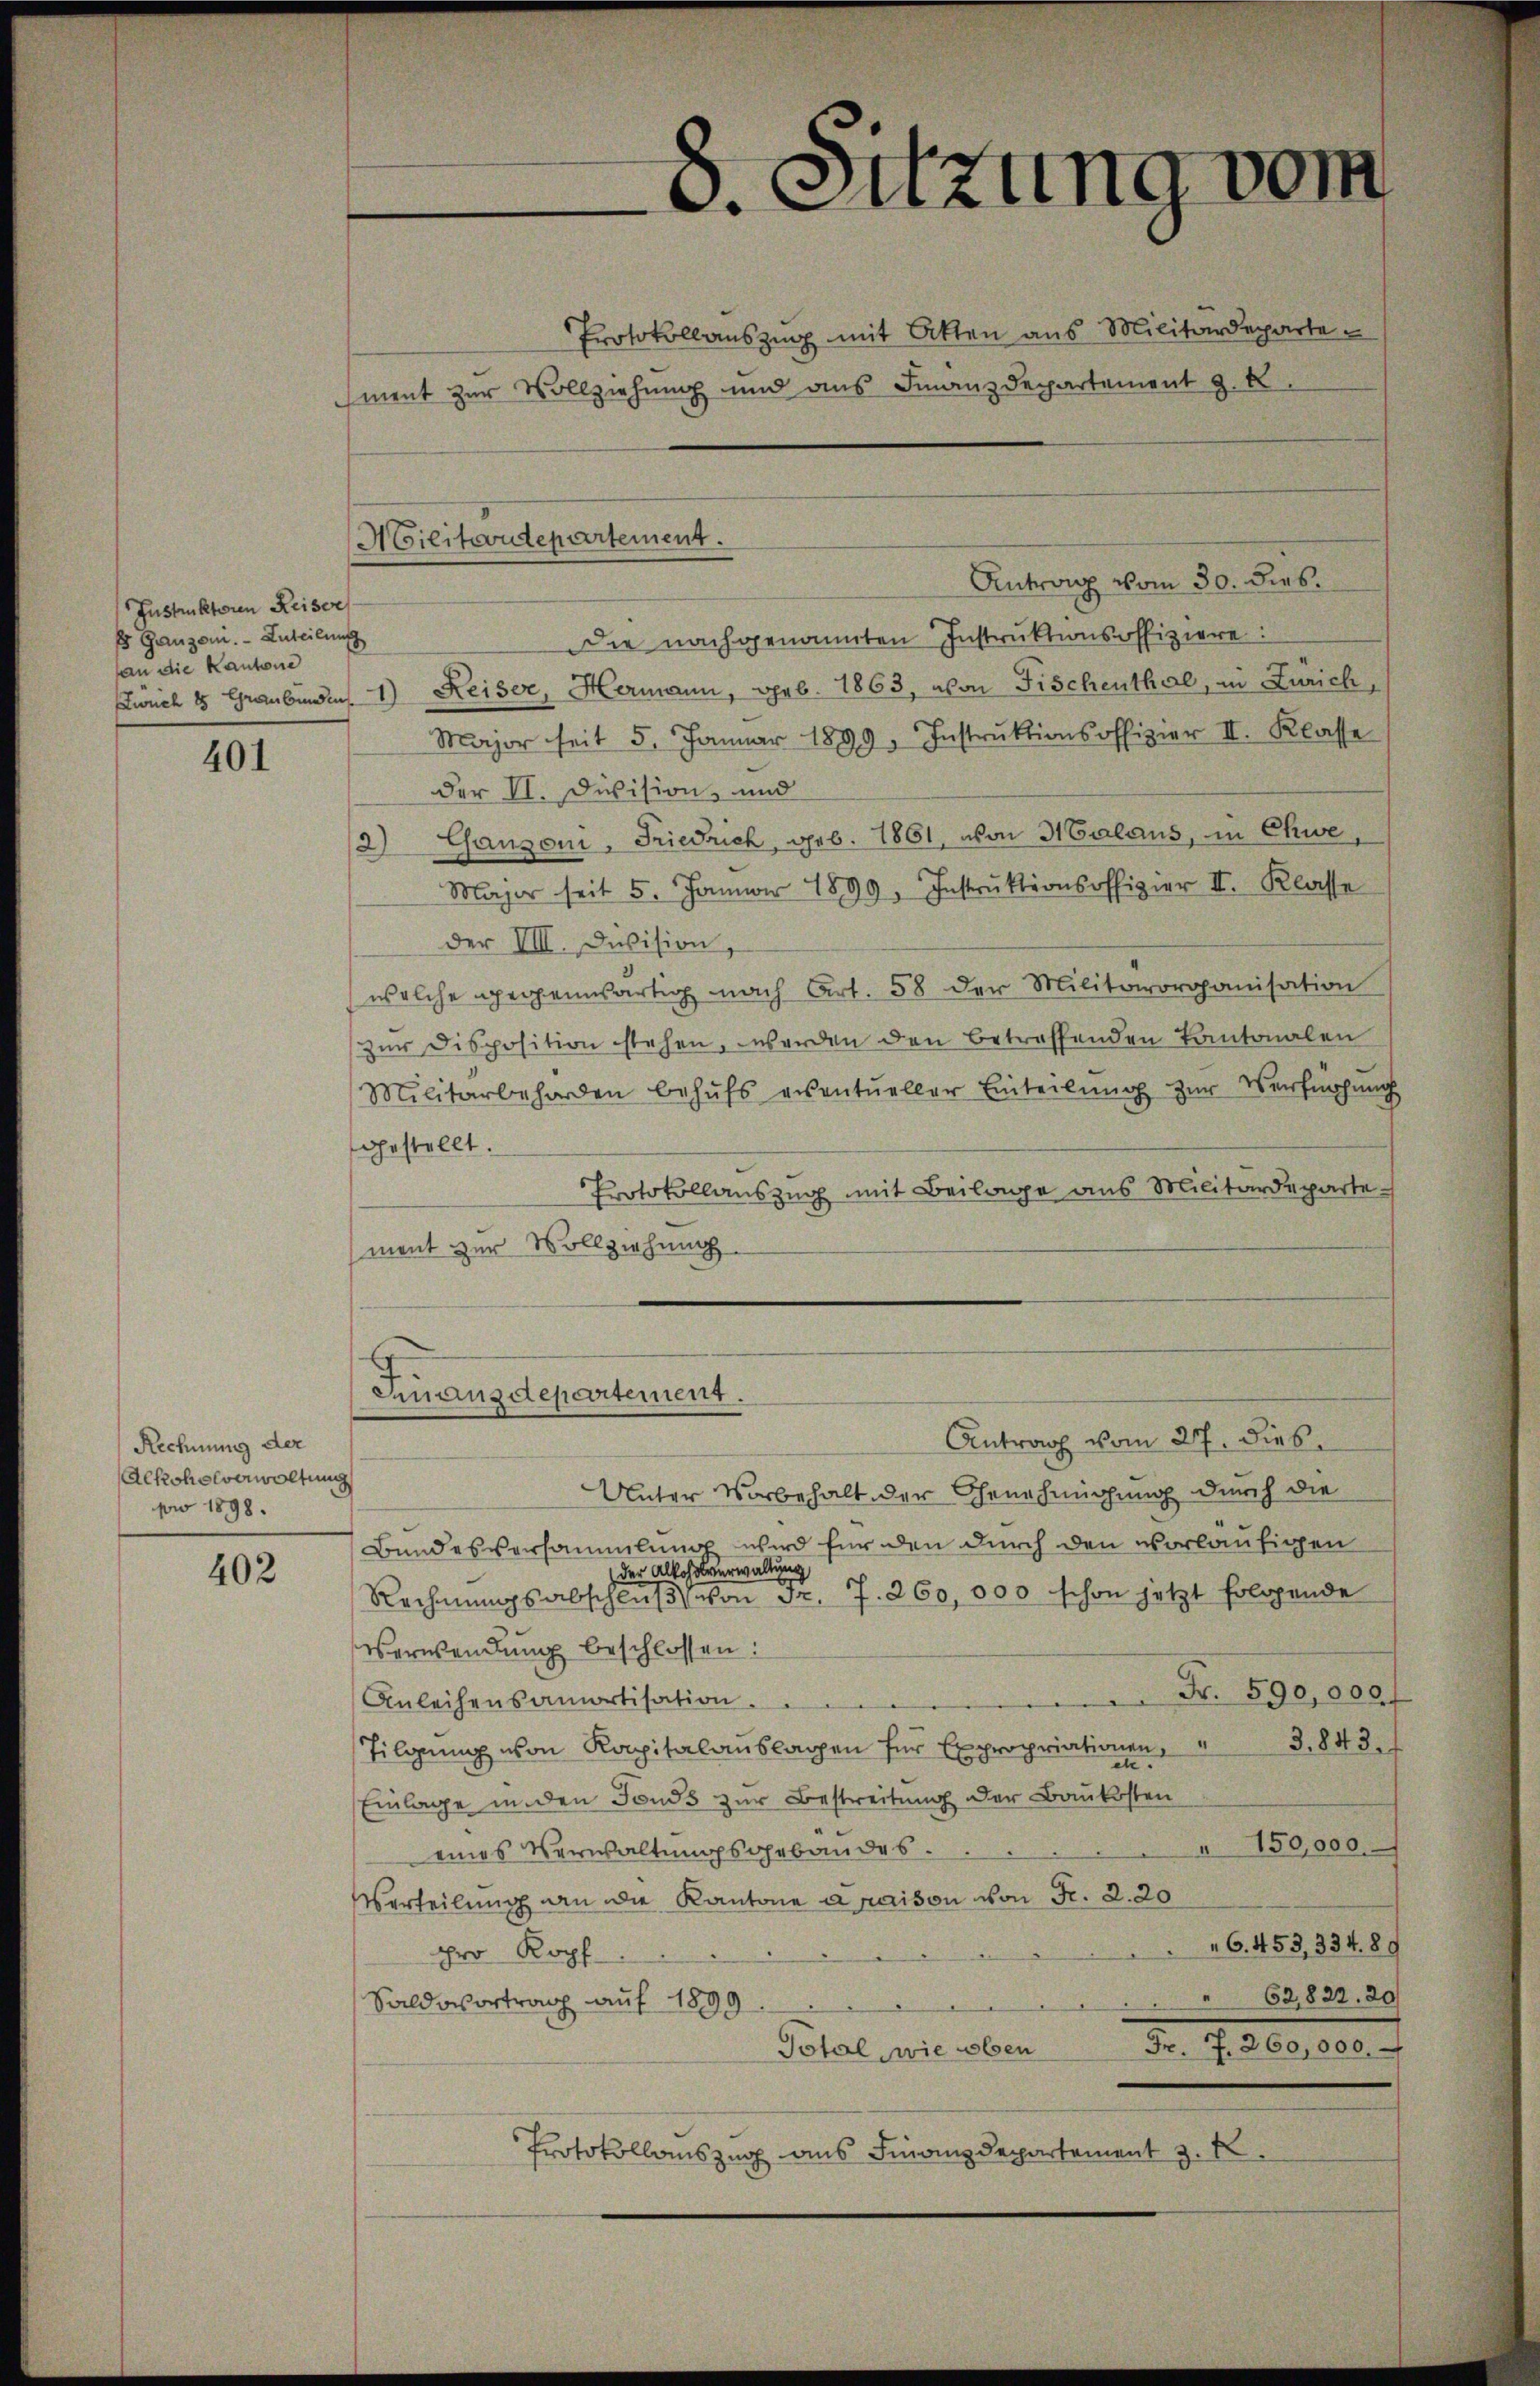
401

Rechnung der
Alkoholverwaltung
pro 1898.

402

Instruktoren Reiser
Es Ganzen. - Anteilung
an die Kantone
Zwuch 2 Graubünden

Protokollauszug mit Akten aus Militärdeparte
ment zur Vollziehung und ans Finanzdepartement z. B.

Die nachgenannten Instruktionsoffiziere:
1) Reiser, Hermann, geb. 1863, von Fischenthal, in Zürich,
Major seit 5. Januar 1899. Instrŭktionsoffizier II. Klasse
der II. Division, und
2) Ganzoni, Friedrich, geb. 1861, von Halaus, in Chwe,
Major seit 5. Januar 1899, Instrŭktionsoffizier II. Klasse
Der VIII. Division,
(welche gegenwärtig nach Art. 58 der Militärorganisation
zŭr disposition stehen, werden den betreffenden Kantonalen
Militärbehörden behŭfs viventueller Einteilŭng zŭr Verfügŭng
gestellt.
Protokollauszug mit Beilage aus Militärdeparte
ment zur Vollziehung

Militoondepartement.

8. Sitzung vom

Antrag vom 30. dies

Finanzdepartement.
Antrag vom 27. dies

Unter Vorbehalt der Genehmigung durch die
Bundesversammlung wird für den durch den vorläufigen
der Alkoholverwaltung
Rechnungsabschluß von Fr. 7. 260,000 schon jetzt folgende
Verwendung beschlossen:
Fr. 590,000f
Anleihensamortisation.
3.,843.
Tilgung von Kapitalanslagen für Expropriationen,
ete
Einlage inden Fonds zur Bestreitung der Baukosten
150,000.
eines Verwaltungsgebäudes.
Verteilung an die Kantone a paison von Fr. 2. 20
 6. 453, 334. 89
pro Kopf
" 62,822. 20
Saldovortrag auf 1899
Fr. 7. 260,000.
Total, wie oben
Protokollauszug aus Finanzdepartement 3.